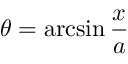
\theta = \arcsin { \frac { x } { a } }